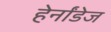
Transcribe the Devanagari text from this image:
हेर्नांडेज